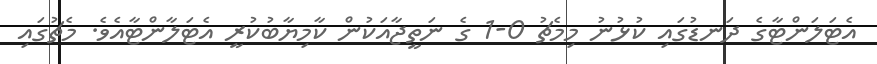
އެޓަލަންޓާގެ ދަނޑުގައި ކުޅުނު މިމެޗު 0-1 ގެ ނަތީޖާއަކުން ކާމިޔާބުކުރީ އެޓަލާންޓާއެވެ. މެޗުގައި